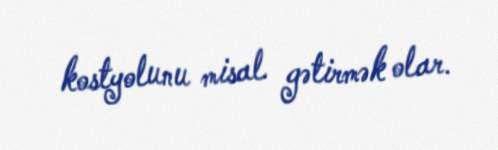
kostyolunu misal gətirmək olar.